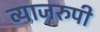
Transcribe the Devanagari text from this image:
व्याजरुपी